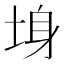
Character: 𡌏